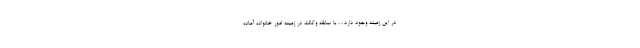
در این زمینه وجود دارد ، ، با سابقه وکالت در زمینه امور خانواده آماده